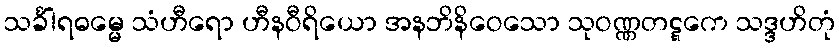
သင်္ခါရဓမ္မေ သံဟီရော ဟီနဝီရိယော အနဘိနိဝေသော သုဝဏ္ဏတဋ္ဋကေ သဒ္ဒဟိတုံ